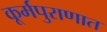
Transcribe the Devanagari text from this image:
कूर्मपुराणात